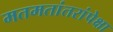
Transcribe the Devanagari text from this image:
मतमतांतरांपेक्षा